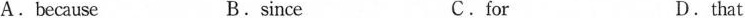
A. because B. since C. for D. that